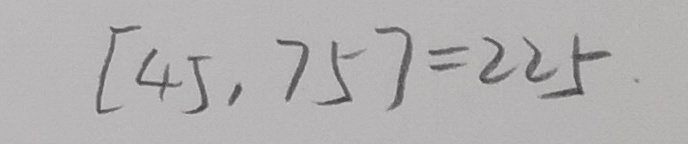
[ 4 5 , 7 5 ] = 2 2 5 .